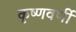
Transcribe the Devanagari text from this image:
कृष्णवर्णी